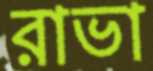
রাভা